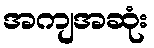
အကျအဆုံး